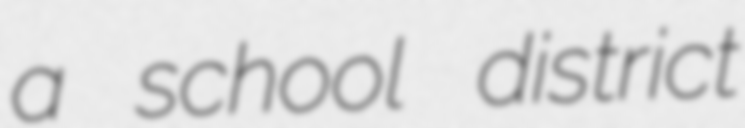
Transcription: a school district